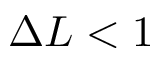
\Delta L < 1